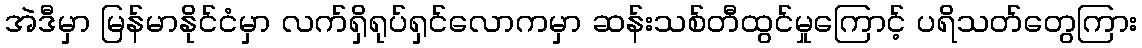
အဲဒီမှာ မြန်မာနိုင်ငံမှာ လက်ရှိရုပ်ရှင်လောကမှာ ဆန်းသစ်တီထွင်မှုကြောင့် ပရိသတ်တွေကြား